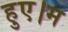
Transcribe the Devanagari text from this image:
हुए।म